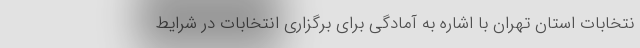
نتخابات استان تهران با اشاره به آمادگی برای برگزاری انتخابات در شرایط